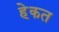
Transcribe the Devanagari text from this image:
हेकत